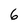
Character: 6